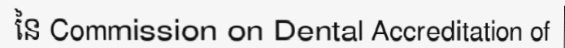
នៃ Commission on Dental Accreditation of